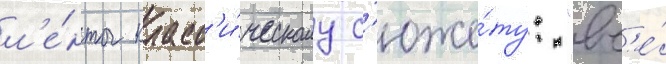
л'е́нты класс'и́ческому с'юже́ту: "вс'е́